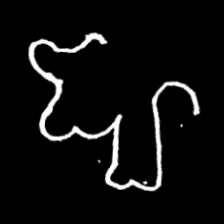
Pyu character \u2014 Myanmar letter: ဈ (romanized: jha)